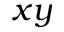
x y